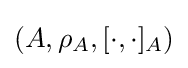
(A,\rho _{A},[\cdot ,\cdot ]_{A})